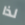
لذا